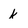
Character: k